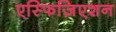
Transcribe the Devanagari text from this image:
एस्फिज़िएशन